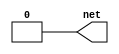
module driver1(output wire net);
    reg value;
    always begin
        #5 value = 1'b1; // Driver 1 drives high
        #10 value = 1'b0; // Driver 1 drives low
    end
    assign net = value;
endmodule